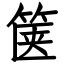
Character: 箧